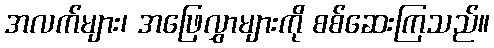
အလက်များ၊ အဖြေလွှာများကို စစ်ဆေးကြသည်။